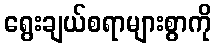
ရွေးချယ်စရာများစွာကို